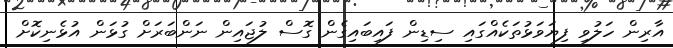
އާރިން ހަލުވި ފިޔަވަޅުތަކެއްގައި ސިޑިން ފައިބައިގެން ގޮސް ލުޖައިން ނަންބަރަށް ގުޅަން އުޅެނިކޮށް